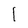
Character: 1